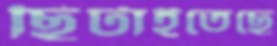
ছিটাইতেছে